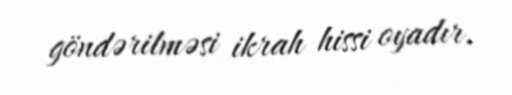
göndərilməsi ikrah hissi oyadır.